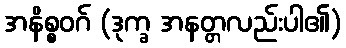
အနိစ္စဝဂ် (ဒုက္ခ အနတ္တလည်းပါ၏)